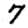
Digit: 7